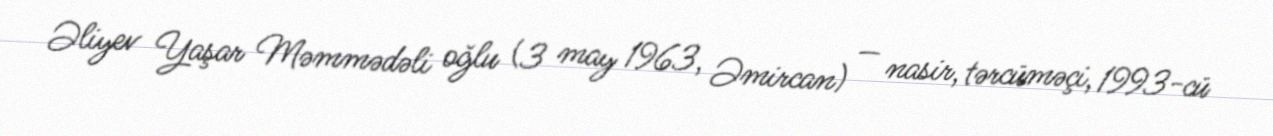
Əliyev Yaşar Məmmədəli oğlu (3 may 1963, Əmircan) — nasir, tərcüməçi, 1993-cü